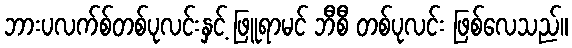
ဘားပလက်စ်တစ်ပုလင်းနှင့် ဖြူရာမင် ဘီစီ တစ်ပုလင်း ဖြစ်လေသည်။